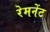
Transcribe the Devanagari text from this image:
रेमनेंट